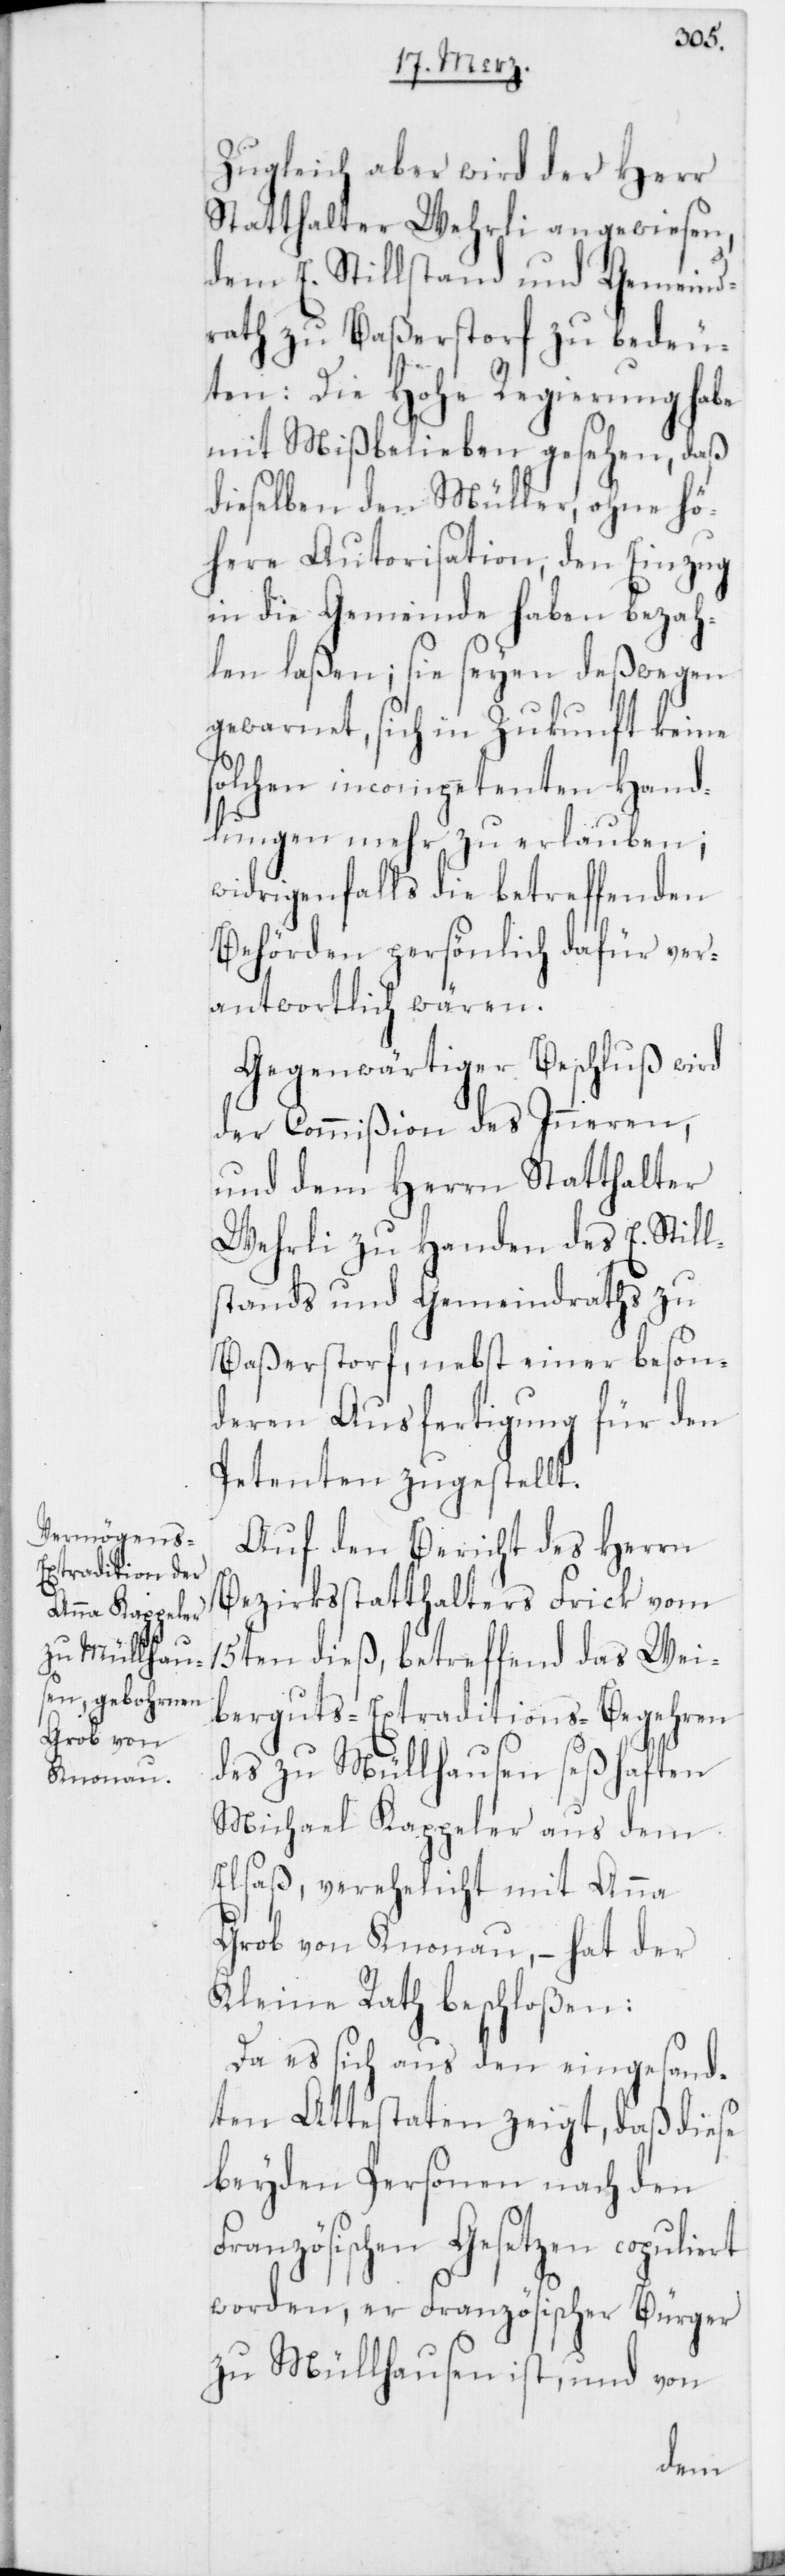
Zugleich aber wird der Herr
Statthalter Wehrli angewiesen,
dem E. Stillstand und Gemeind¬
rath zu Baßerstorf zu bedeu¬
ten: Die Hohe Regierung habe
mit Mißbelieben gesehen, daß
dieselben den Müller, ohne hö¬
here Autorisation, den Einzug
in die Gemeinde haben bezah¬
len laßen; sie seyen deßwegen
gewarnet, sich in Zukunft keine
solchen incompetenten Hand¬
lungen mehr zu erlauben;
widrigenfalls die betreffenden
Behörden persönlich dafür ver¬
antwortlich wären.
Gegenwärtiger Beschluß wird
der Commißion des Inneren,
und dem Herrn Statthalter
Wehrli zu Handen des E. Still¬
stands und Gemeindraths zu
Baßerstorf, nebst einer beson¬
deren Ausfertigung für den
Petenten zugestellt.
Auf den Bericht des Herrn
Bezirksstatthalters Frick vom
15ten dieß, betreffend das Wei¬
berguts-Extraditions-Begehren
des zu Müllhausen seßhaften
Michael Kappeler aus dem
Elsaß, verehelicht mit Anna
Grob von Knonau, – hat der
Kleine Rath beschloßen:
Da es sich aus den eingesand¬
ten Attestaten zeigt, daß diese
beyden Personen nach den
Französischen Gesetzen copuliert
worden, er Französischer Bürger
zu Müllhausen ist, und von